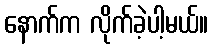
နောက်က လိုက်ခဲ့ပါ့မယ်။